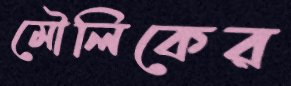
মৌলিকের